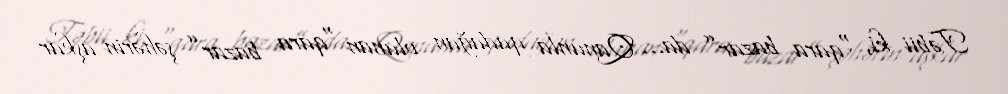
Təbii ki, “qara bazar” da… Qanunla qadağan olunan “qara bazar” şəhərin aşkar